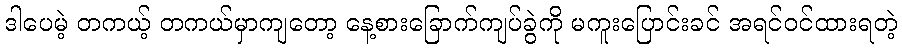
ဒါပေမဲ့ တကယ့် တကယ်မှာကျတော့ နေ့စားခြောက်ကျပ်ခွဲကို မကူးပြောင်းခင် အရင်ဝင်ထားရတဲ့